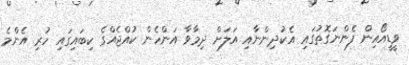
ވީޑީއޯއިން ފެންނަގޮތުގައި އެކުދިންނާއި އަލަށް ދިމާވާ އަންހެން ކުއްޖެއްގެ ކިބައިގައި ހުރި އެންމެ